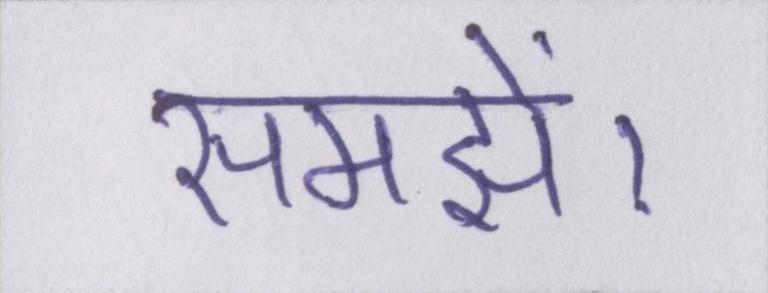
समझें।